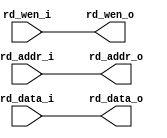
module WB
(
	input wire [4 :0]  rd_addr_i,
	input wire [63:0]  rd_data_i,
	input wire         rd_wen_i ,
	//to regs
	output wire [4 :0] rd_addr_o,
	output wire [63:0] rd_data_o,
	output wire        rd_wen_o 
);

	assign rd_addr_o = rd_addr_i;
	assign rd_data_o = rd_data_i;
	assign rd_wen_o  = rd_wen_i ;

endmodule